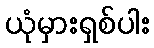
ယုံမှားရှစ်ပါး